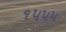
૧૫૫૫